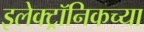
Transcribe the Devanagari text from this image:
इलेक्ट्रॉनिकच्या